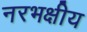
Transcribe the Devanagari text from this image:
नरभक्षीय